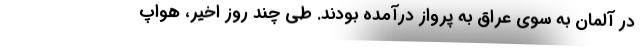
در آلمان به سوی عراق به پرواز درآمده بودند. طی چند روز اخیر، هواپ